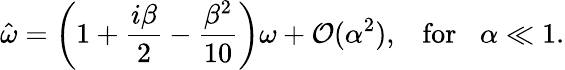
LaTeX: \hat{\omega}=\left(1+\frac{i\beta}{2}-\frac{\beta^{2}}{10}\right)\omega+\mathcal O(\alpha^{2}),\; \; \; \mathrm{for}\; \; \; \alpha\ll 1.